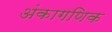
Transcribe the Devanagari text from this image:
अंकागणिक